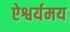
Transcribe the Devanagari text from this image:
ऐश्वर्यमय